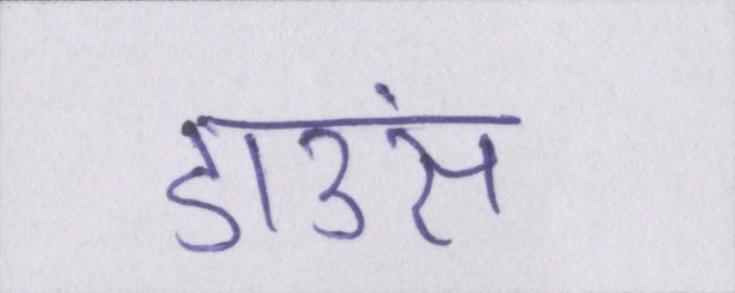
डाउंस